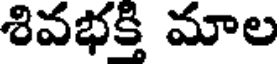
శివభక్తి మాల